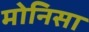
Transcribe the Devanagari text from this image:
मोनिसा